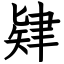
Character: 肄